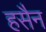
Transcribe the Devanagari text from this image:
हसैन